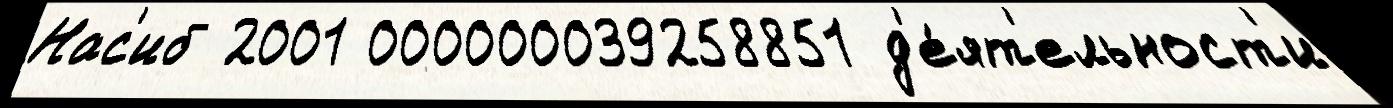
Нас'иб 2001 000000039258851 д'е́ят'ельност'и